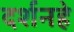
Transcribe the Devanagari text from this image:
दर्शनहे